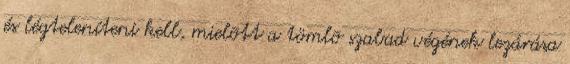
és légteleníteni kell, mielõtt a tömlõ szabad végének lezárása